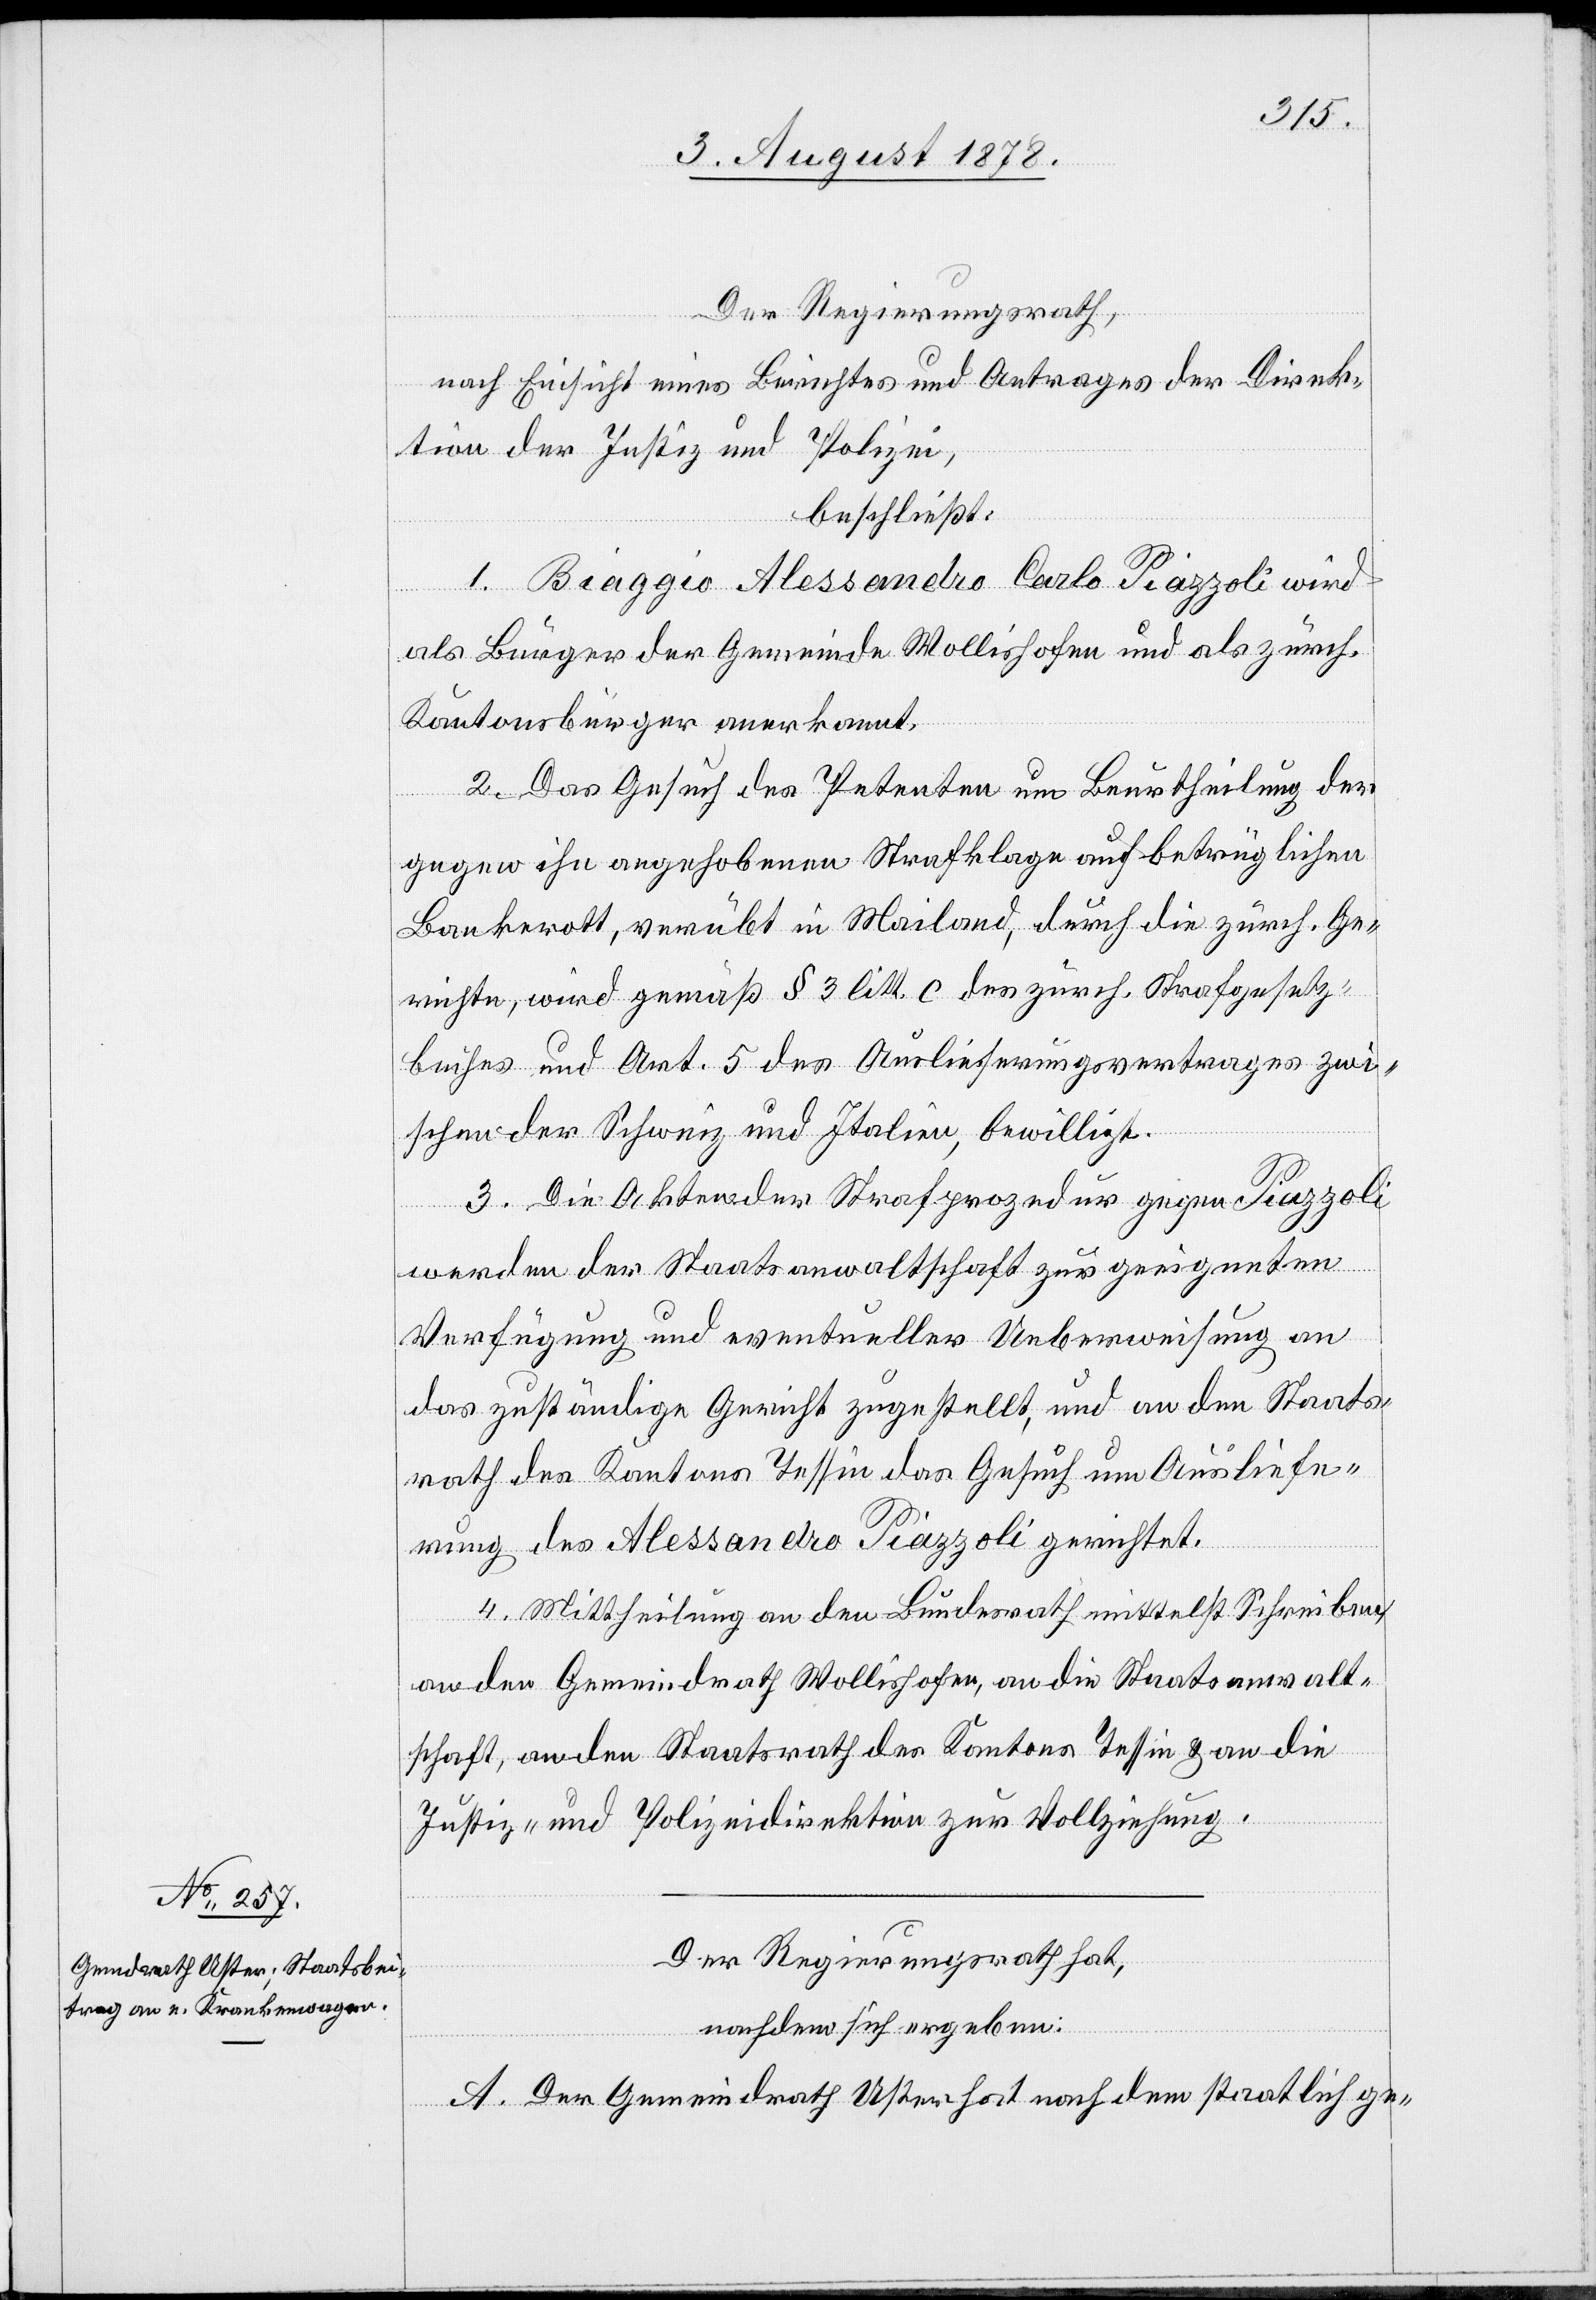
Der Regierungsrath,
nach Einsicht eines Berichtes und Antrages der Direk¬
tion der Justiz und Polizei,
beschließt:
1. Biaggio Alessandro Carlo Piazzoli wird
als Bürger der Gemeinde Wollishofen und als zürch.
Kantonsbürger anerkannt.
2. Das Gesuch des Petenten um Beurtheilung der
gegen ihn angehobenen Strafklage auf betrüglichen
Bankrott, verübt in Mailand, durch die zürch. Ge¬
richte, wird gemäß § 3 litt. c des zürch. Strafgesetz¬
buches und Art. 5 des Auslieferungsvertrages zwi¬
schen der Schweiz und Italien bewilligt.
3. Die Akten der Strafprozedur gegen Piazzoli
werden der Staatsanwaltschaft zur geeigneten
Verfügung und eventueller Ueberweisung an
das zuständige Gericht zugestellt, und an den Staats¬
rath des Kantons Tessin das Gesuch um Ausliefe¬
rung des Alessandro Piazzoli gerichtet.
4. Mittheilung an den Bundesrath mittelst Schreiben,
an den Gemeindrath Wollishofen, an die Staatsanwalt¬
schaft, an den Staatsrath des Kantons Tessin & an die
Justiz- & Polizeidirektion zur Vollziehung.
Der Regierungsrath hat,
nachdem sich ergeben:
A. Der Gemeindrath Uster hat nach dem staatlich ge-